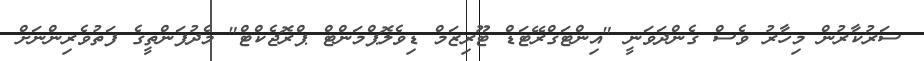
ސަރުކާރުން މިހާރު ވެސް ގެންދަވަނީ "އިންޓަގްރޭޓަޑް ޓޫރިޒަމް ޑިވެލޮޕްމަންޓް ޕްރޮޖެކްޓް" މެދުފަންތީގެ ފަތުވެރިންނަށް